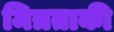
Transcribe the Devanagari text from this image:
मित्रताकी